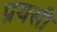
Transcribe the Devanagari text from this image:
प्रयसी